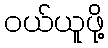
ဝယ်ယူဖို့